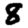
Digit: 8